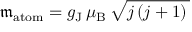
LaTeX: { \mathfrak { m } } _ { \mathrm { a t o m } } = g _ { \mathrm { { J } } } \, \mu _ { \mathrm { { B } } } \, { \sqrt { j \, ( j + 1 ) \, } }